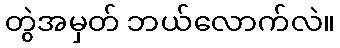
တွဲအမှတ် ဘယ်လောက်လဲ။